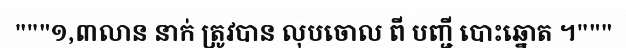
"""១,៣លាន នាក់ ត្រូវបាន លុបចោល ពី បញ្ជី បោះឆ្នោត ។"""